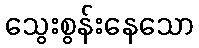
သွေးစွန်းနေသော